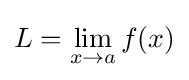
L=\lim _{x\to a}f(x)